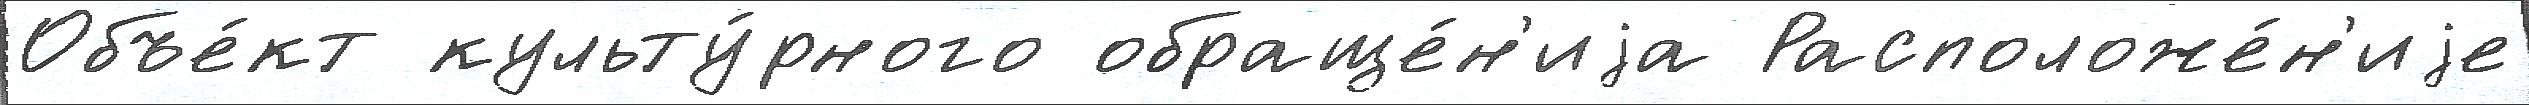
Объе́кт культу́рного обраще́н'иjа Расположе́н'иjе